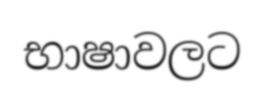
භාෂාවලට